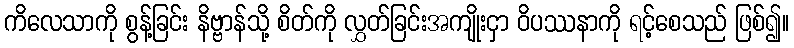
ကိလေသာကို စွန့်ခြင်း နိဗ္ဗာန်သို့ စိတ်ကို လွှတ်ခြင်းအကျိုးငှာ ဝိပဿနာကို ရင့်စေသည် ဖြစ်၍။